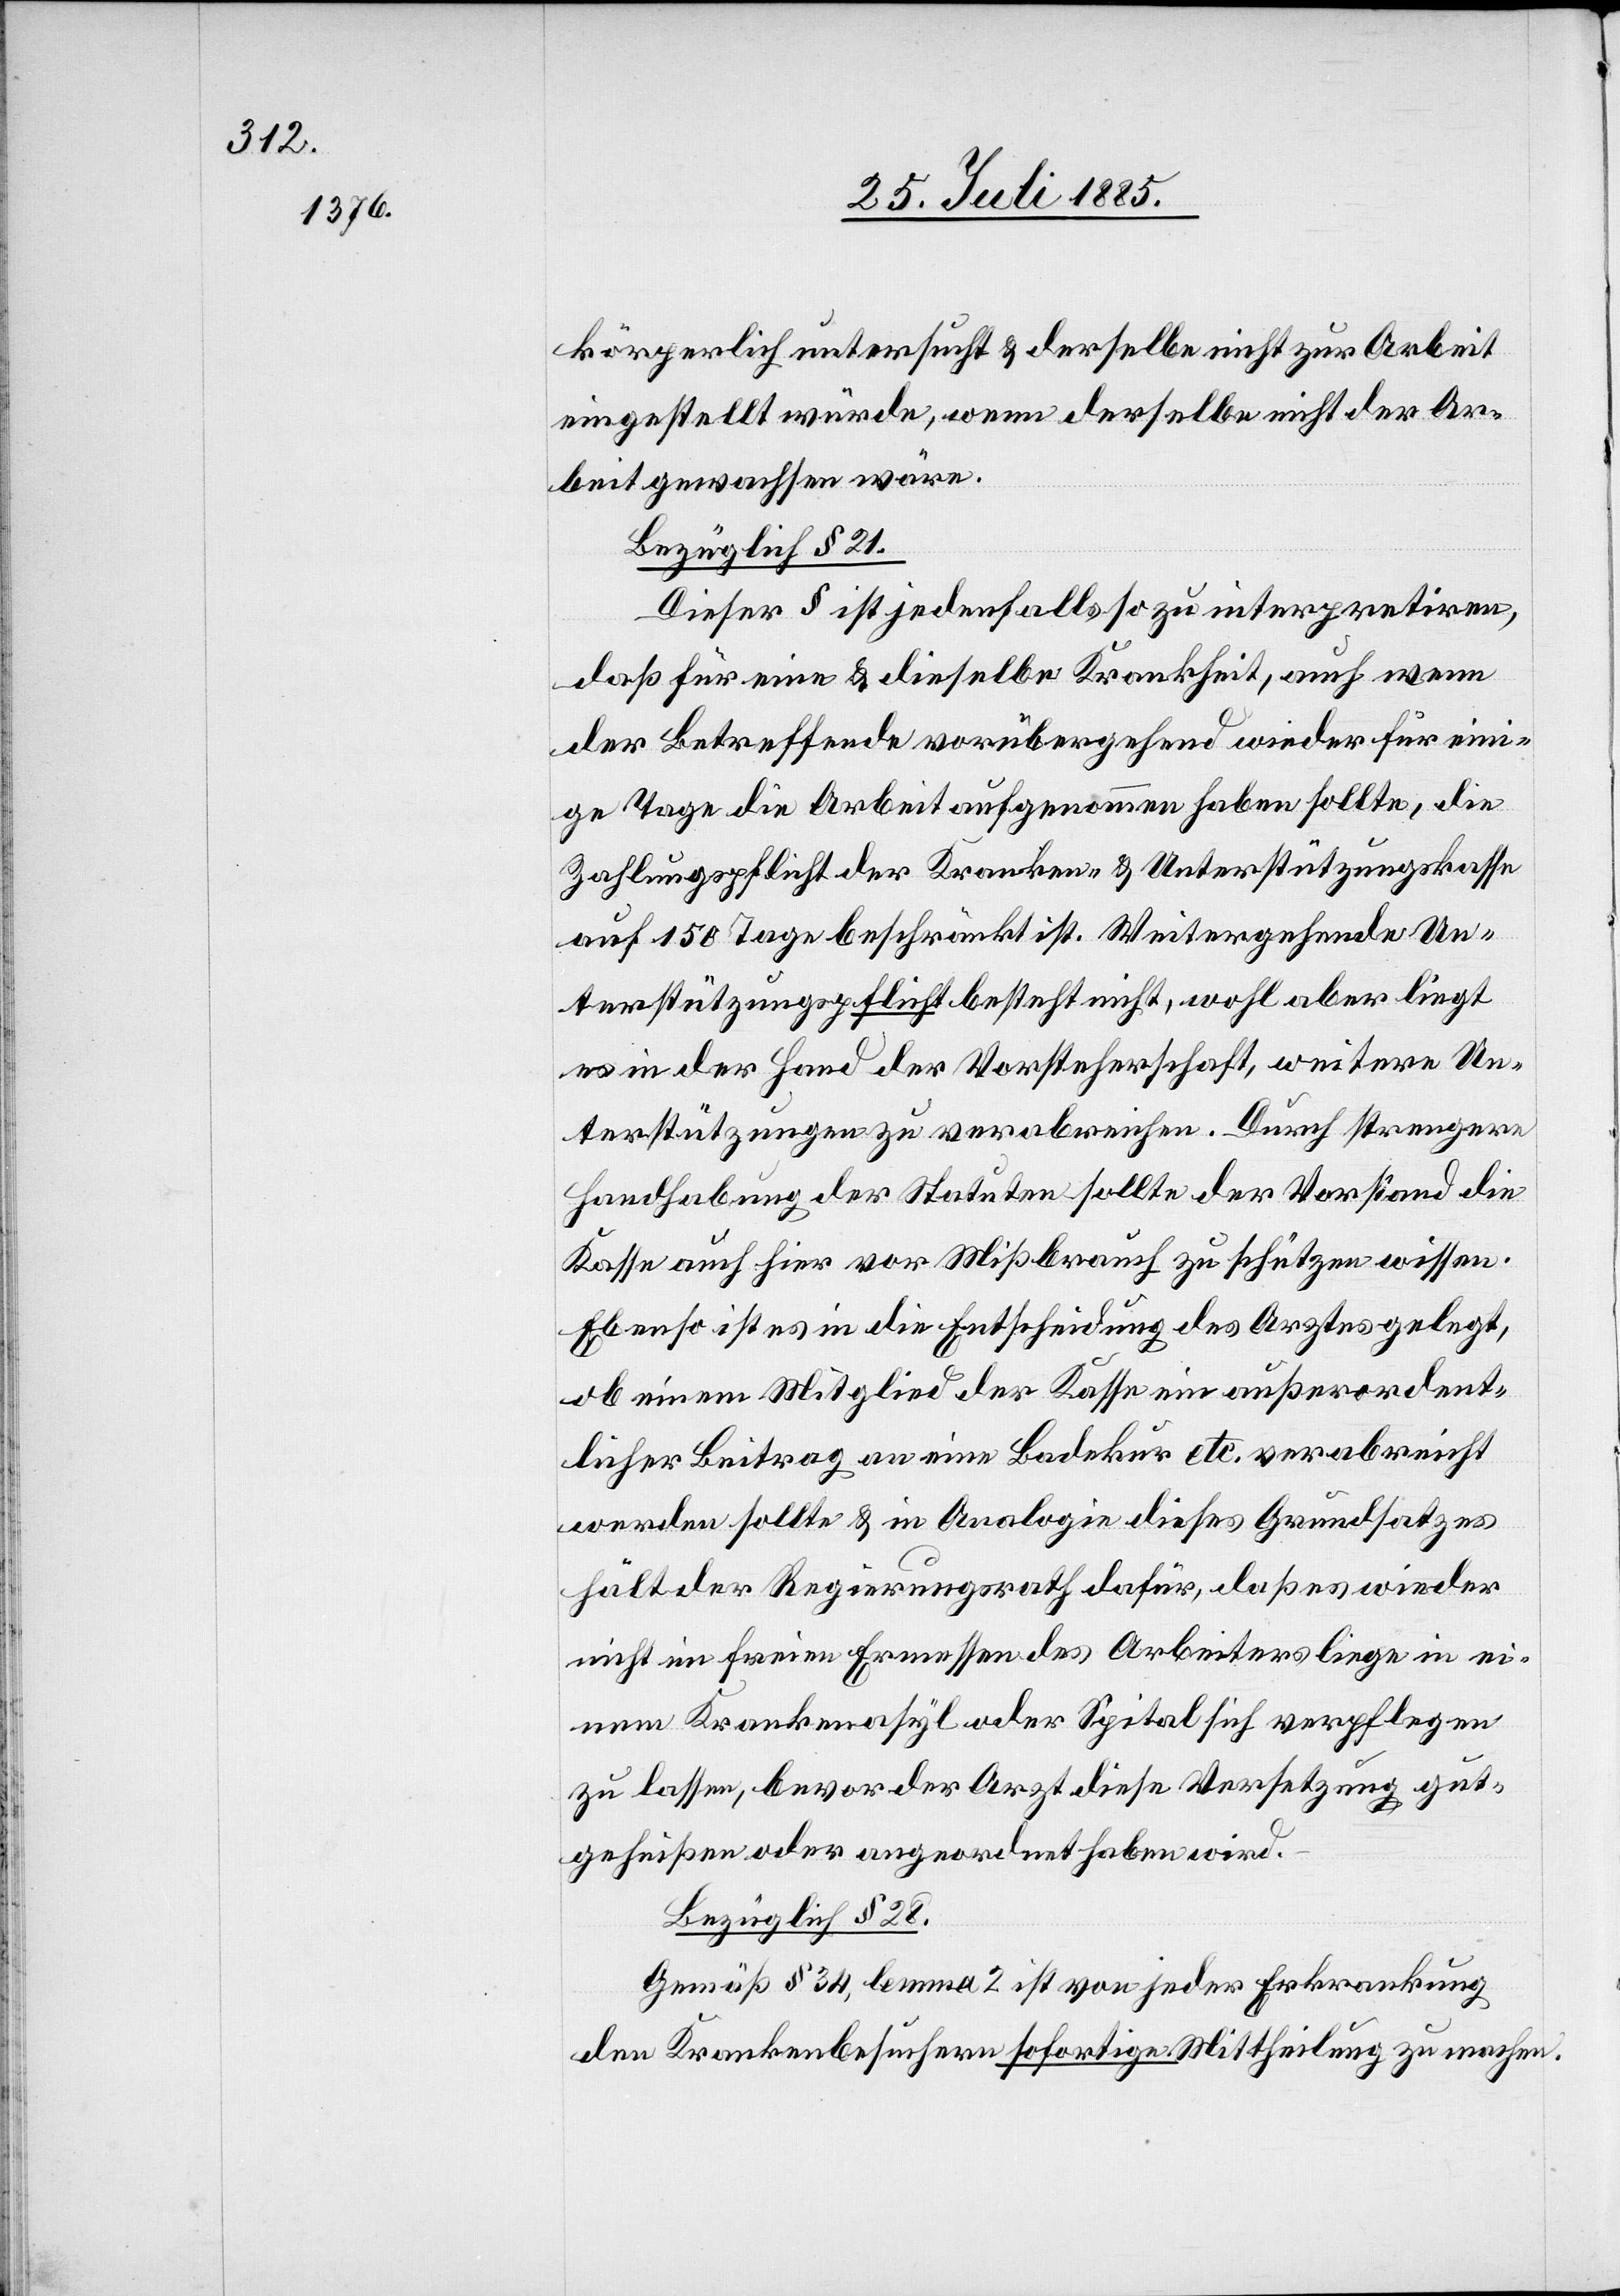
körperlich untersucht & derselbe nicht zur Arbeit
eingestellt würde, wenn derselbe nicht der Ar¬
beit gewachsen wäre.
Bezüglich § 21.
Dieser § ist jedenfalls so zu interpretiren,
daß für eine & dieselbe Krankheit, auch wenn
der Betreffende vorübergehend wieder für eini¬
ge Tage die Arbeit aufgenommen haben sollte, die
Zahlungspflicht der Kranken- & Unterstützungskasse
auf 150 Tage beschränkt ist. Weitergehende Un¬
terstützungspflicht besteht nicht, wohl aber liegt
es in der Hand der Vorsteherschaft, weitere Un¬
terstützungen zu verabreichen. Durch strengere
Handhabung der Statuten sollte der Vorstand die
Kasse auch hier vor Mißbrauch zu schützen wissen.
Ebenso ist es in die Entscheidung des Arztes gelegt,
ob einem Mitglied der Kasse ein außerordent¬
licher Beitrag an eine Badekur etc. verabreicht
werden sollte & in Analogie dieses Grundsatzes
hält der Regierungsrath dafür, daß es wieder
nicht im freien Ermessen des Arbeiters liege in ei¬
nem Krankenasyl oder Spital sich verpflegen
zu lassen, bevor der Arzt diese Versetzung gut¬
geheißen oder angeordnet haben wird.
Bezüglich § 28.
Gemäß § 34, lemma 2 ist von jeder Erkrankung
den Krankenbesuchern sofortige Mittheilung zu machen.